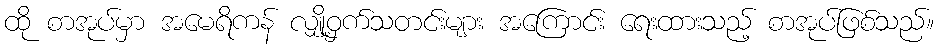
ထို စာအုပ်မှာ အမေရိကန် လျှို့ဝှက်သတင်းများ အကြောင်း ရေးထားသည့် စာအုပ်ဖြစ်သည်။